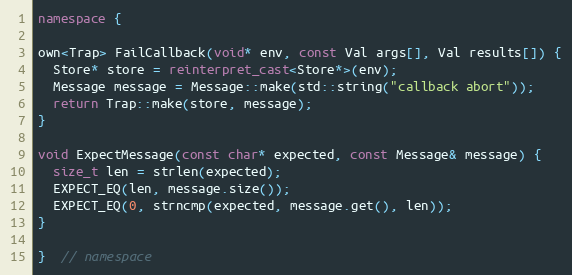
Language: C++
namespace {

own<Trap> FailCallback(void* env, const Val args[], Val results[]) {
  Store* store = reinterpret_cast<Store*>(env);
  Message message = Message::make(std::string("callback abort"));
  return Trap::make(store, message);
}

void ExpectMessage(const char* expected, const Message& message) {
  size_t len = strlen(expected);
  EXPECT_EQ(len, message.size());
  EXPECT_EQ(0, strncmp(expected, message.get(), len));
}

}  // namespace